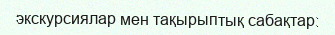
экскурсиялар мен тақырыптық сабақтар: